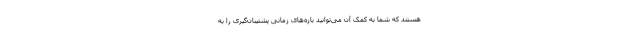
هستند که شما به کمک آن می‌توانید بازه‌های زمانی پشتیبان‌گیری را به